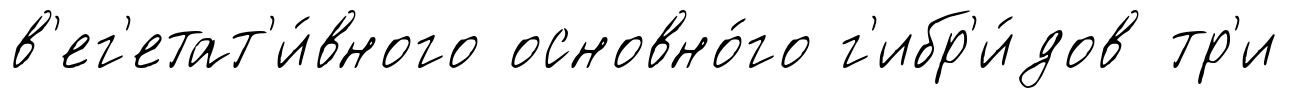
в'ег'етат'и́вного основно́го г'ибр'и́дов тр'и